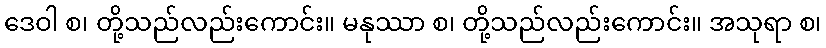
ဒေဝါ စ၊ တို့သည်လည်းကောင်း။ မနုဿာ စ၊ တို့သည်လည်းကောင်း။ အသုရာ စ၊